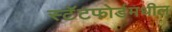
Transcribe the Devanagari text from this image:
स्टॅटफोर्डमधील